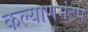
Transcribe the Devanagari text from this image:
कल्याणमंटप